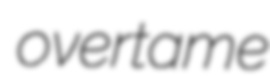
overtame